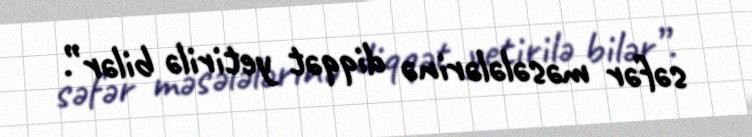
səfər məsələlərinə diqqət yetirilə bilər”.